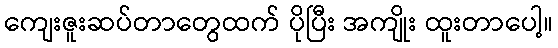
ကျေးဇူးဆပ်တာတွေထက် ပိုပြီး အကျိုး ထူးတာပေါ့။